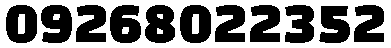
09268022352